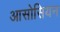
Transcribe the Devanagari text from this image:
आसोसियन